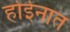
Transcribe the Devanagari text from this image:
होईनात